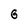
Character: 6